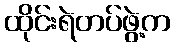
ထိုင်းရဲတပ်ဖွဲ့က